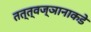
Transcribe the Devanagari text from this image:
तत्त्वज्ञानाकडे